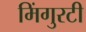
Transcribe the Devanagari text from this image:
मिंगुरटी